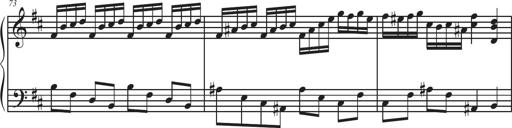
Title: Sonatina Espania
Composer: Jerald Franklin Archer
Key: Various